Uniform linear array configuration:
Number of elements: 16
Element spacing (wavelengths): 0.5
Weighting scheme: cosine
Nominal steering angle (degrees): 45
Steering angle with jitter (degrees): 43.32
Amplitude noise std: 0.05
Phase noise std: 0.05

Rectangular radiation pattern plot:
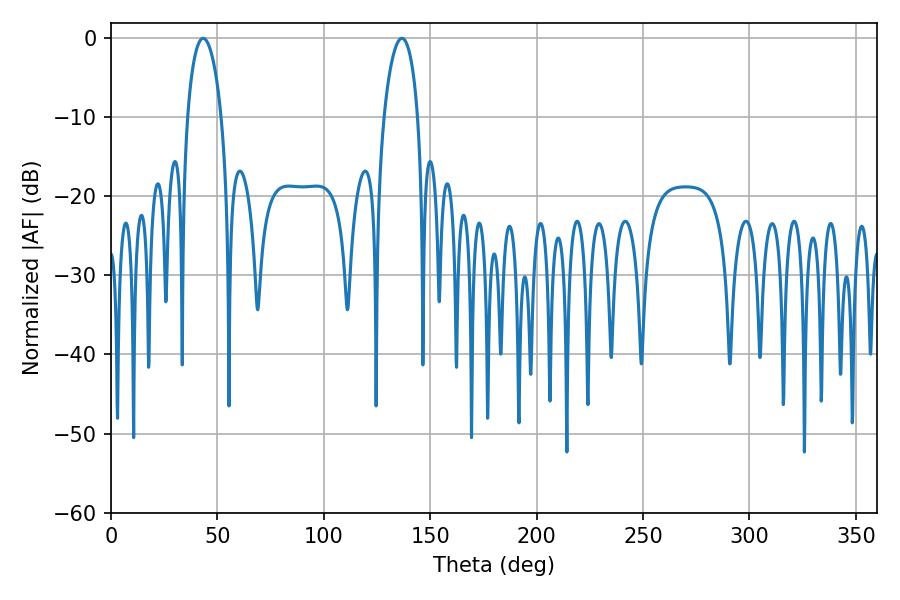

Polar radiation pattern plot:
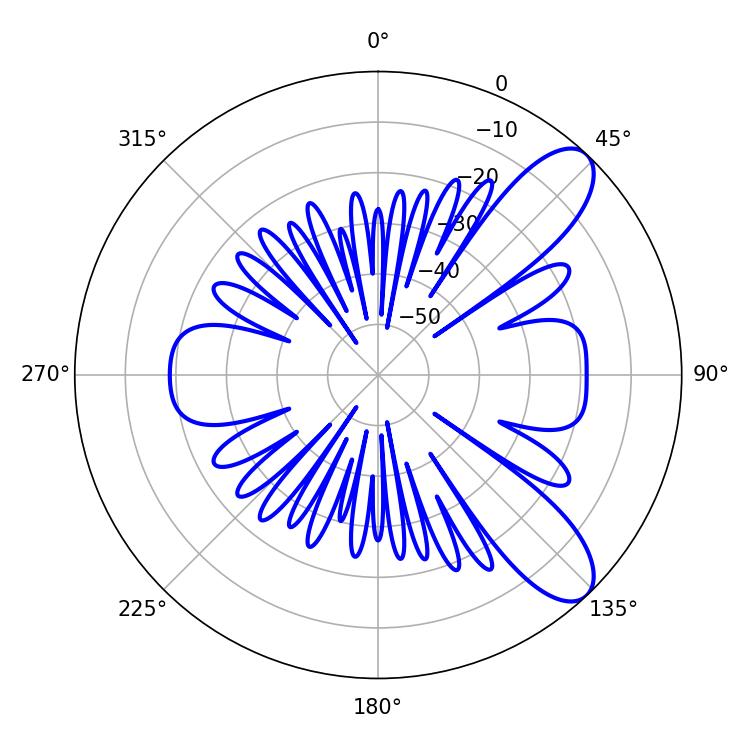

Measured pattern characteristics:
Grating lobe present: FALSE
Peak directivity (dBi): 9.317
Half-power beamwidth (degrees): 9.18
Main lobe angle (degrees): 43.38